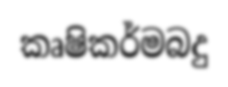
කෘෂිකර්මබදු